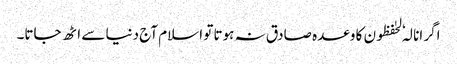
اگر انا لہٗ لحٰفظون کا وعدہ صادق نہ ہوتا تو اسلام آج دنیا سے اٹھ جاتا۔